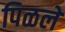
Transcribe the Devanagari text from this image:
पिळले